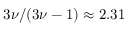
3 \nu / ( 3 \nu - 1 ) \approx 2 . 3 1